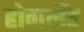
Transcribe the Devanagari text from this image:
होगलैंड